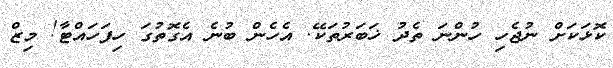
ކޮޅަކަށް ނުޖެހި ހުންނަ ތެދު ޚަބަރުތަކޭ. އެހެން ބުނެ އެގޮތުގަ ހިފަހައްޓާ! މިޒް